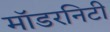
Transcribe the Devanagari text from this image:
मॉडरनिटी